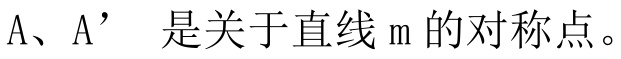
A、A’ 是关于直线 m 的对称点。